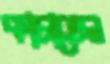
কাচাতেন